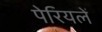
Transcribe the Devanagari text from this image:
पेरियलें